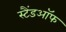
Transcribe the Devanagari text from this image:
स्टैंडऑफ